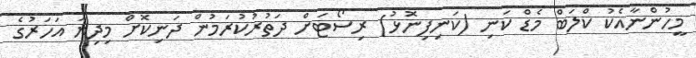
މީހުންނާއެކު ކްލަބް މެޑް ކަނި (ކަނިފިނޮޅު) ރިސޯޓަށް ދަތުރުކުރަމުން ދަނިކޮށް މިދިޔަ އަހަރުގެ